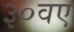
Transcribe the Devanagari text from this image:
३०वए